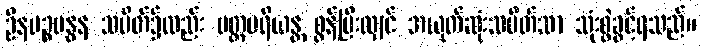
ဦနပဉ္စဗန္ဓန သပိတ်၌လည်း ပတ္တပရိယန္တ စွန့်ပြီးလျှင် အယုတ်ဆုံးသပိတ်သာ သုံးစွဲခွင့်ရသည်။